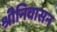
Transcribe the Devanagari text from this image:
श्रीनिवासन